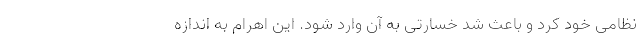
نظامی خود کرد و باعث شد خسارتی به آن وارد شود. این اهرام به اندازه